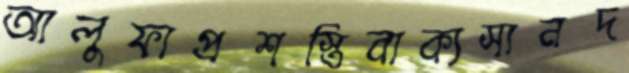
আলুফাপ্রশস্তিবাক্যসানদ